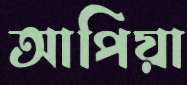
আপিয়া